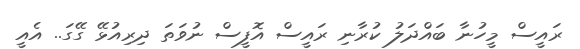
ރައީސް މީހުނާ ބައްދަލު ކުރާނި ރައީސް އޮފީސް ނުވަތަ ދިރިއުޅޭ ގޭގަ.. އެއީ